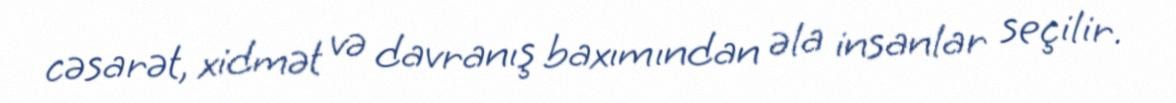
cəsarət, xidmət və davranış baxımından əla insanlar seçilir.